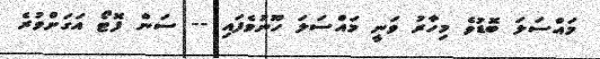
މައްސަލަ ބޮޑުވެ މިހާރު ވަނީ މައްސަލަ ހޫނުވެފައި -- ސަން ފޮޓޯ އަގަށްވުރެ